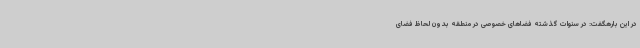
در این بارهگفت: در سنوات گذشته فضاهای خصوصی در منطقه بدون لحاظ فضای